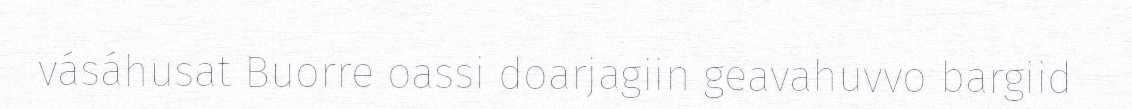
vásáhusat Buorre oassi doarjagiin geavahuvvo bargiid